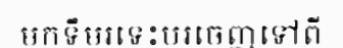
មកទឹមរទេះបរចេញទៅពី